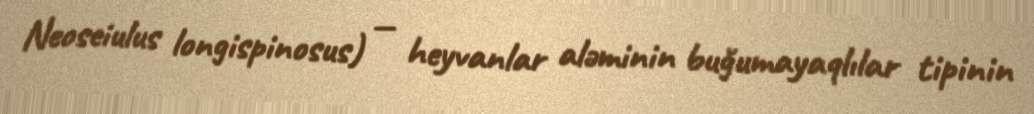
Neoseiulus longispinosus) — heyvanlar aləminin buğumayaqlılar tipinin